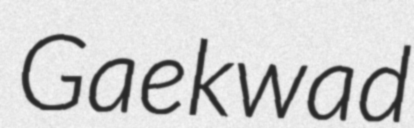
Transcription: Gaekwad